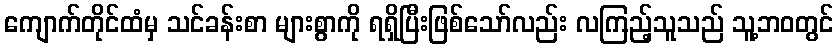
ကျောက်တိုင်ထံမှ သင်ခန်းစာ များစွာကို ရရှိပြီးဖြစ်သော်လည်း လကြည့်သူသည် သူ့ဘဝတွင်